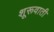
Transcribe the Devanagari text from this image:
शूरूवाती